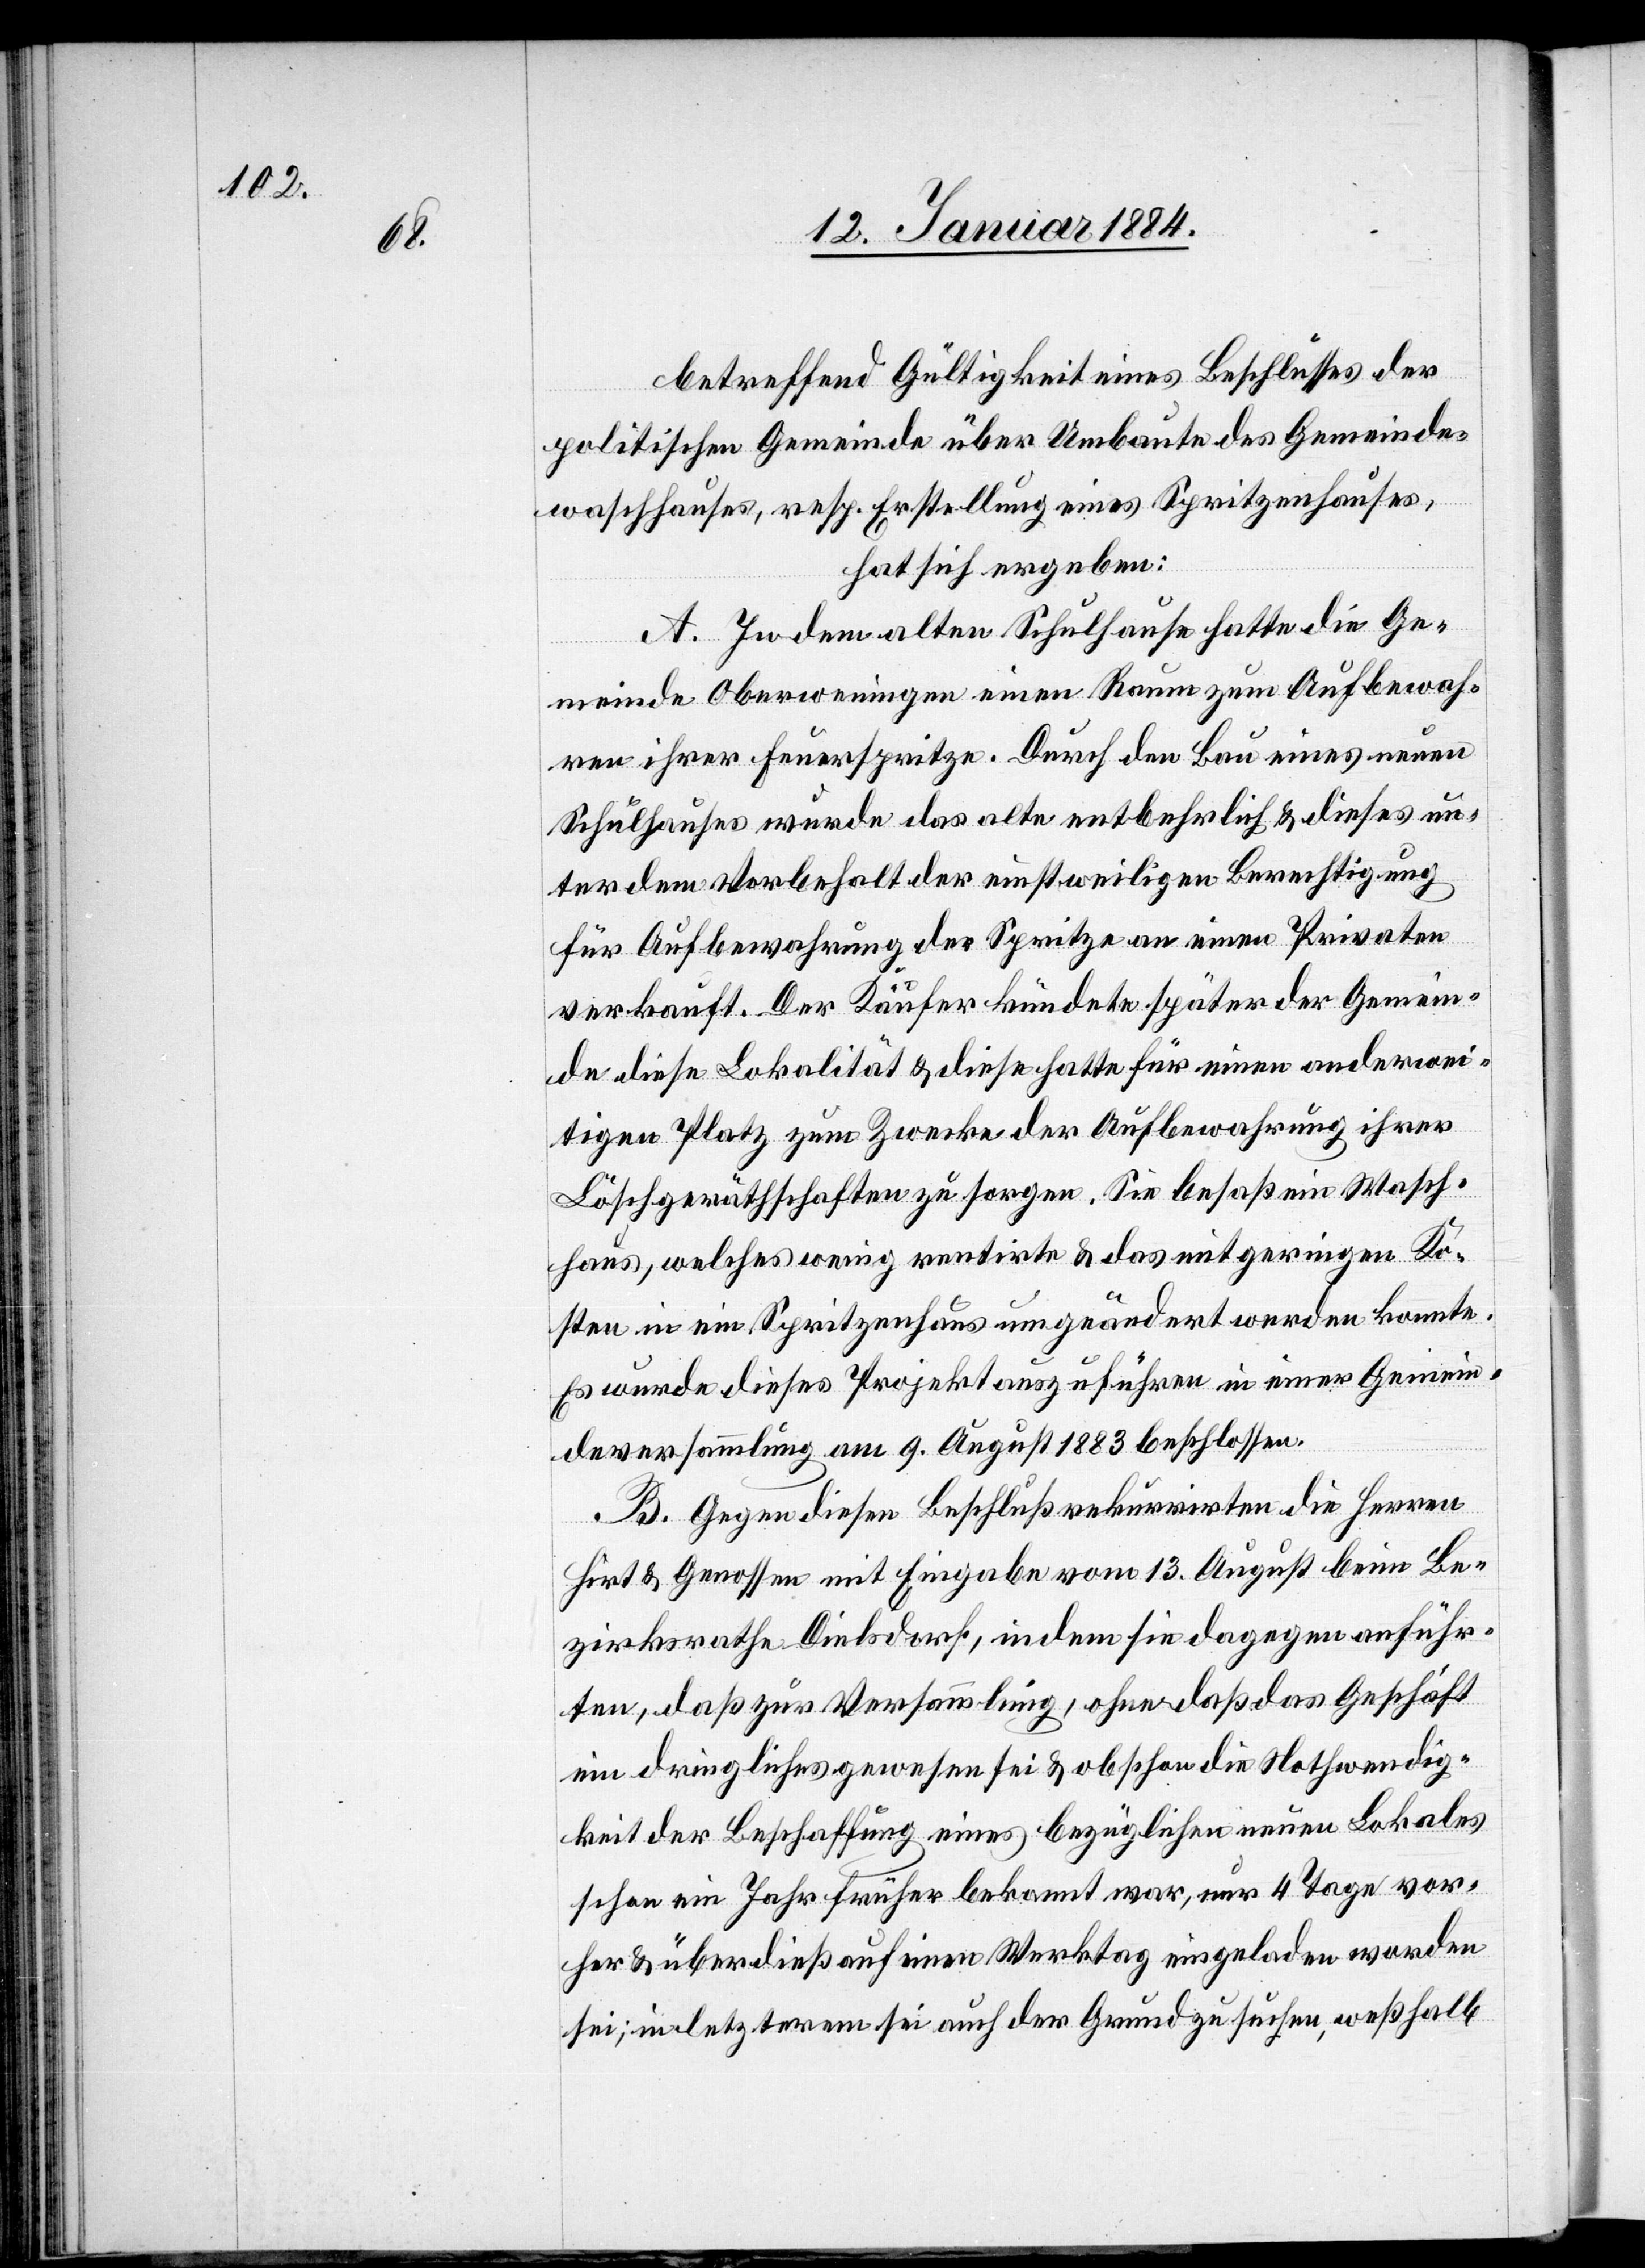
betreffend Gültigkeit eines Beschlusses der
politischen Gemeinde über Umbaute des Gemeinde¬
waschhauses, resp. Erstellung eines Spritzenhauses,
hat sich ergeben:
A. In dem alten Schulhaus hatte die Ge¬
meinde Oberweningen einen Raum zum Aufbewah¬
ren ihrer Feuerspritze. Durch den Bau eines neuen
Schulhauses wurde das alte entbehrlich & dieses un¬
ter dem Vorbehalt der einstweiligen Berechtigung
für Aufbewahrung der Spritze an einen Privaten
verkauft. Der Käufer kündetet später der Gemein¬
de diese Lokalität & diese hatte für einen anderor¬
tigen Platz zum Zwecke der Aufbewahrung ihrer
Löschgeräthschaften zu sorgen. Sie besaß ein Wasch¬
haus, welches wenig rentirte & das mit geringen Ko¬
sten in ein Spritzenhaus umgeändert werden konnte.
Es wurde dieses Projekt auszuführen in einer Gemein¬
deversammlung am 9. August 1883 beschlossen.
B. Gegen diesen Beschluß rekurrirten die Herren
Hirt & Genossen mit Eingabe vom 13. August beim Be¬
zirksrathe Dielsdorf, indem sie dagegen anführ¬
ten, daß zur Versammlung, ohne daß das Geschäft
ein Dringliches gewesen sei & obschon die Nothwendig¬
keit der Beschaffung eines bezüglichen neuen Lokales
schon ein Jahr früher bekannt war, nur 4 Tage vor¬
her & überdieß auf einen Werktag eingeladen worden
sei; in letzterem sei auch der Grund zu suchen, weßhalb